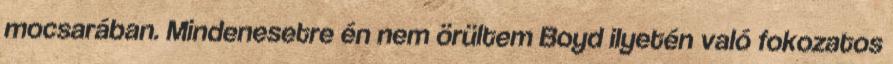
mocsarában. Mindenesetre én nem örültem Boyd ilyetén való fokozatos